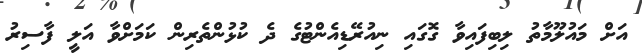
އަށް މައުލޫމާތު ލިބިފައިވާ ގޮގައި ނިއުރޭޑިއެންޓުގެ ދެ ކުޅުންތެރިން ކަމަށްވާ އަލީ ފާސިރު